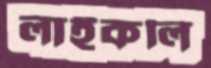
লাইকলি